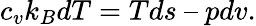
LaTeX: c_{v}k_{B}dT=Tds\ –\ pdv.